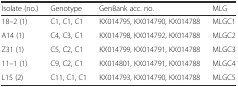
| Isolate (no.) | Genotype | GenBank acc. no. | MLG |
 | --- | --- | --- | --- |
 | 18–2 (1) | C1, C1, C1 | KX014795, KX014790, KX014788 | MLGC1 |
 | A14 (1) | C4, C3, C1 | KX014798, KX014792, KX014788 | MLGC2 |
 | Z31 (1) | C5, C2, C1 | KX014799, KX014791, KX014788 | MLGC3 |
 | 11–1 (1) | C9, C2, C1 | KX014801, KX014791, KX014788 | MLGC4 |
 | L15 (2) | C11, C1, C1 | KX014793, KX014790, KX014788 | MLGC5 |